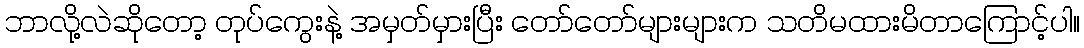
ဘာလို့လဲဆိုတော့ တုပ်ကွေးနဲ့ အမှတ်မှားပြီး တော်တော်များများက သတိမထားမိတာကြောင့်ပါ။